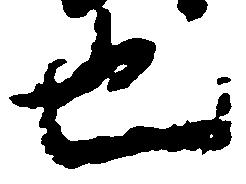
也